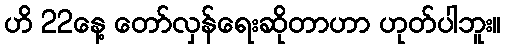
ဟိ 22နေ့ တော်လှန်ရေးဆိုတာဟာ ဟုတ်ပါဘူး။